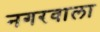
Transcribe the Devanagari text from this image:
नगरवाला